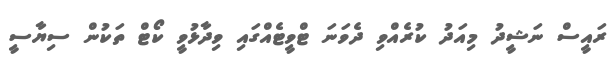
ރައީސް ނަޝީދު މިއަދު ކުރެއްވި ދެވަނަ ޓްވީޓެއްގައި ވިދާޅުވީ ކޯޓް ތަކުން ސިޔާސީ